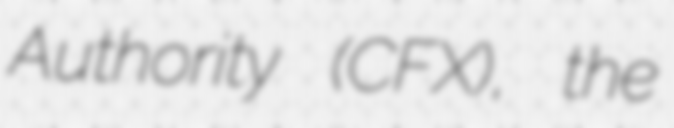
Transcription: Authority (CFX), the